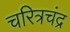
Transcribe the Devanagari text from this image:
चरित्रचंद्र